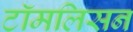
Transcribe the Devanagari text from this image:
टॉमलिसन